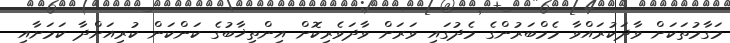
މަގާމުތަކަށް ވާދަކުރައްވާ މެމްބަރުންގެ މެދުގައި ވަރަށް ވާދަވެރިކޮށް އިންތިޚާބުގެ ކަންކަން ކުރިއަށްދާ ކަމަށާއި